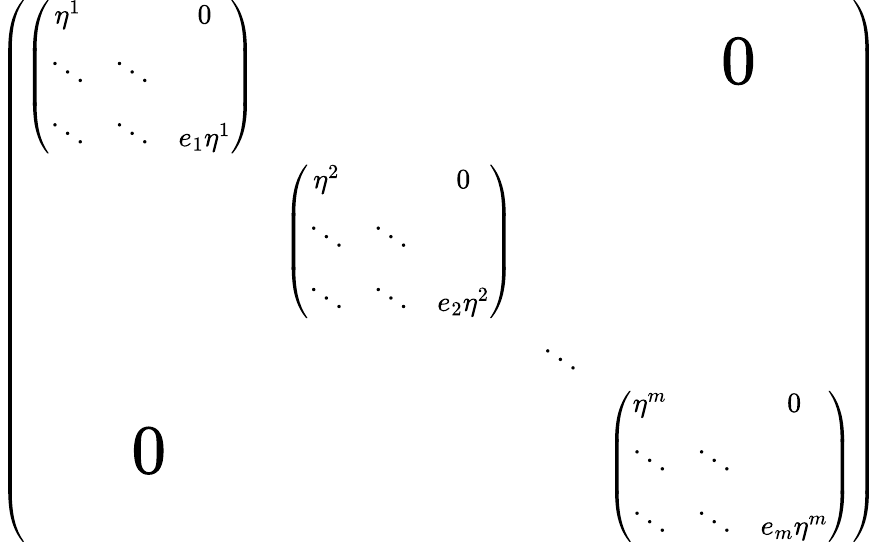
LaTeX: \left(\begin{array}{cccc}{{{\left(\begin{array}{ccc}{{\eta^{1}}}&{{}}&{{0}}\\ {{\ddots}}&{{\ddots}}\\ {{\ddots}}&{{\ddots}}&{{e_{1}\eta^{1}}}\end{array}\right)}}}&{{}}&{{}}&{{\mathrm{\Huge~0}}}\\ {{}}&{{{\left(\begin{array}{ccc}{{\eta^{2}}}&{{}}&{{0}}\\ {{\ddots}}&{{\ddots}}\\ {{\ddots}}&{{\ddots}}&{{e_{2}\eta^{2}}}\end{array}\right)}}}\\ {{}}&{{}}&{{\ddots}}\\ {{\mathrm{\Huge~0}}}&{{}}&{{}}&{{{\left(\begin{array}{cccc}{{\eta^{m}}}&{{}}&{{0}}\\ {{\ddots}}&{{\ddots}}\\ {{\ddots}}&{{\ddots}}&{{e_{m}\eta^{m}}}\end{array}\right)}}}\end{array}\right)